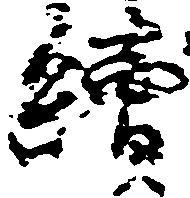
続